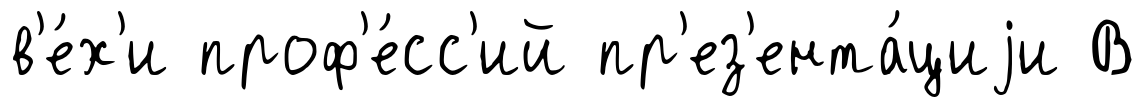
в'е́х'и проф'е́сс'ий пр'ез'ента́циjи В